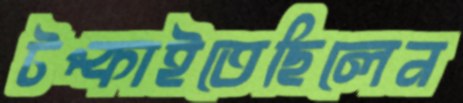
টপ্‌কাইতেছিলেন